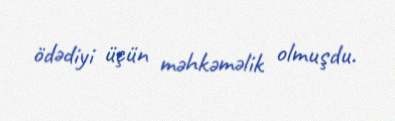
ödədiyi üçün məhkəməlik olmuşdu.